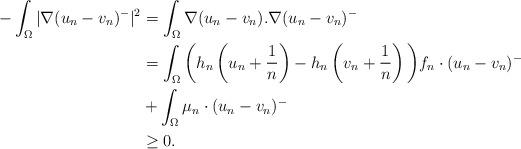
LaTeX: \begin{align*}-\int_{\Omega} |\nabla(u_n-v_n)^-|^2 & =\int _{\Omega} \nabla (u_n-v_n).\nabla (u_n-v_n)^-\\& =\int _{\Omega} \bigg(h_n\left(u_n +\frac{1}{n}\right)-h_n\left(v_n +\frac{1}{n}\right) \bigg)f_n\cdot (u_n-v_n)^-\\& + \int_{\Omega} \mu_n\cdot(u_n-v_n)^- \\& \geq 0.\end{align*}